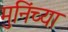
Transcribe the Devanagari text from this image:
मुनिंच्या